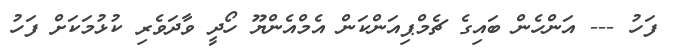
ފަހު --- އަންހެން ބައިގެ ޗެމްޕިއަންކަން އެމްއެންޔޫ ހޯދީ ވާދަވެރި ކުޅުމަކަށް ފަހު